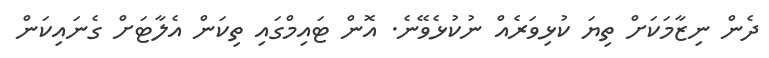
ދެން ނިޒާމަކަށް ތިޔަ ކުޅިވަރެއް ނުކުޅެވޭނެ. އޮން ޓައިމްގައި ތިކަން އެލާޓަށް ގެނައިކަން